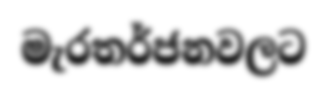
මැරතර්ජනවලට